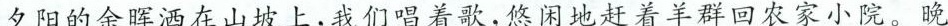
夕阳的余晖洒在山坡上，我们唱着歌，悠闲地赶着羊群回农家小院。晚